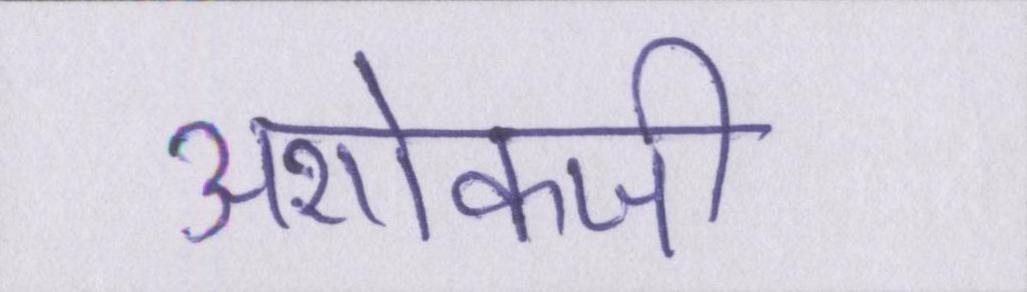
अशोकजी